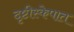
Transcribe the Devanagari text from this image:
दृष्टीस्केपात